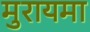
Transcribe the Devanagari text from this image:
मुरायमा